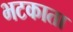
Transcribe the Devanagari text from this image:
भटकाता